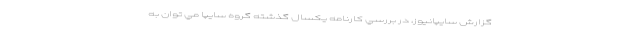
گزارش سايپانيوز، در بررسي كارنامه يكسال گذشته گروه سايپا مي توان به